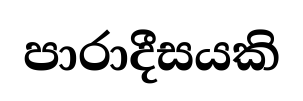
පාරාදීසයකි